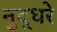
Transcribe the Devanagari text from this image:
नुद्धरे